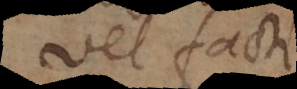
vel facti.